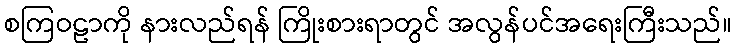
စကြဝဠာကို နားလည်ရန် ကြိုးစားရာတွင် အလွန်ပင်အရေးကြီးသည်။